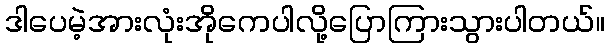
ဒါပေမဲ့အားလုံးအိုကေပါလို့ပြောကြားသွားပါတယ်။